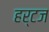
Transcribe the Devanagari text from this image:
हर्टज